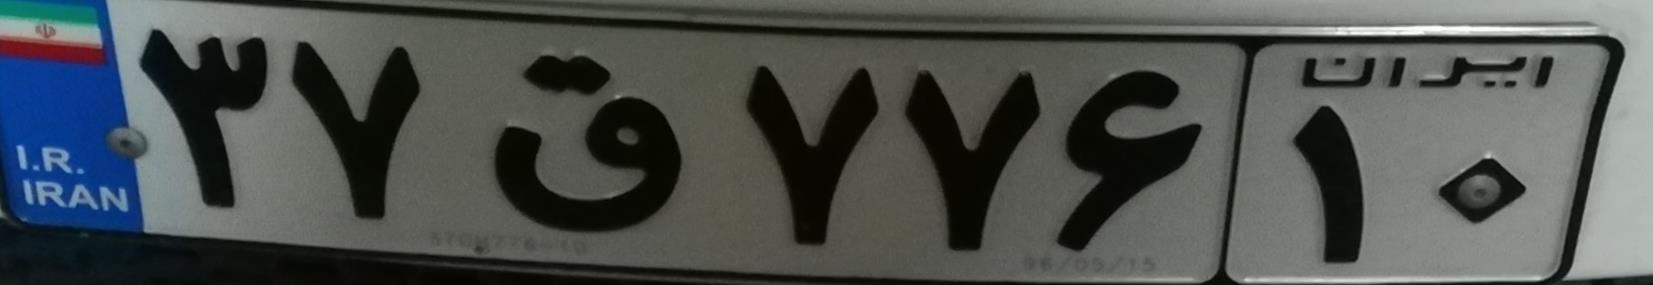
۳۷ق۷۷۶۱۰